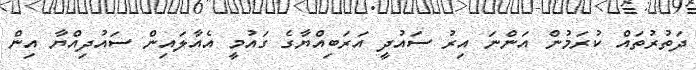
ދަތުރުތައް ކުރަމުން އަންނަ އިރު ސައުދީ އަރަބިއްޔާގެ ގައުމީ އެއާލައިން ސައުދިއްޔާ އިން